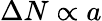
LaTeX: \Delta N\propto a